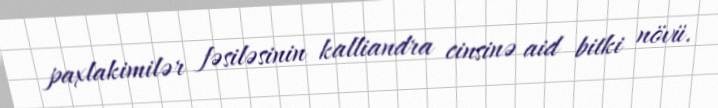
paxlakimilər fəsiləsinin kalliandra cinsinə aid bitki növü.